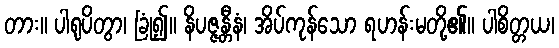
တား။ ပါရုပိတွာ၊ ခြုံ၍။ နိပဇ္ဇန္တီနံ၊ အိပ်ကုန်သော ရဟန်းမတို့၏။ ပါစိတ္တယ၊